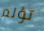
تؤلم